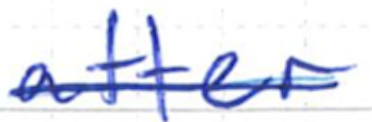
Text: after
Cross-out: single-line
Writing tool: ballpoint